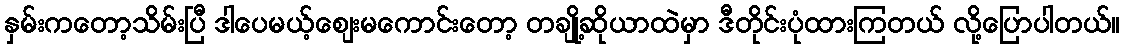
နှမ်းကတော့သိမ်းပြီ ဒါပေမယ့်စျေးမကောင်းတော့ တချို့ဆိုယာထဲမှာ ဒီတိုင်းပုံထားကြတယ် လို့ပြောပါတယ်။